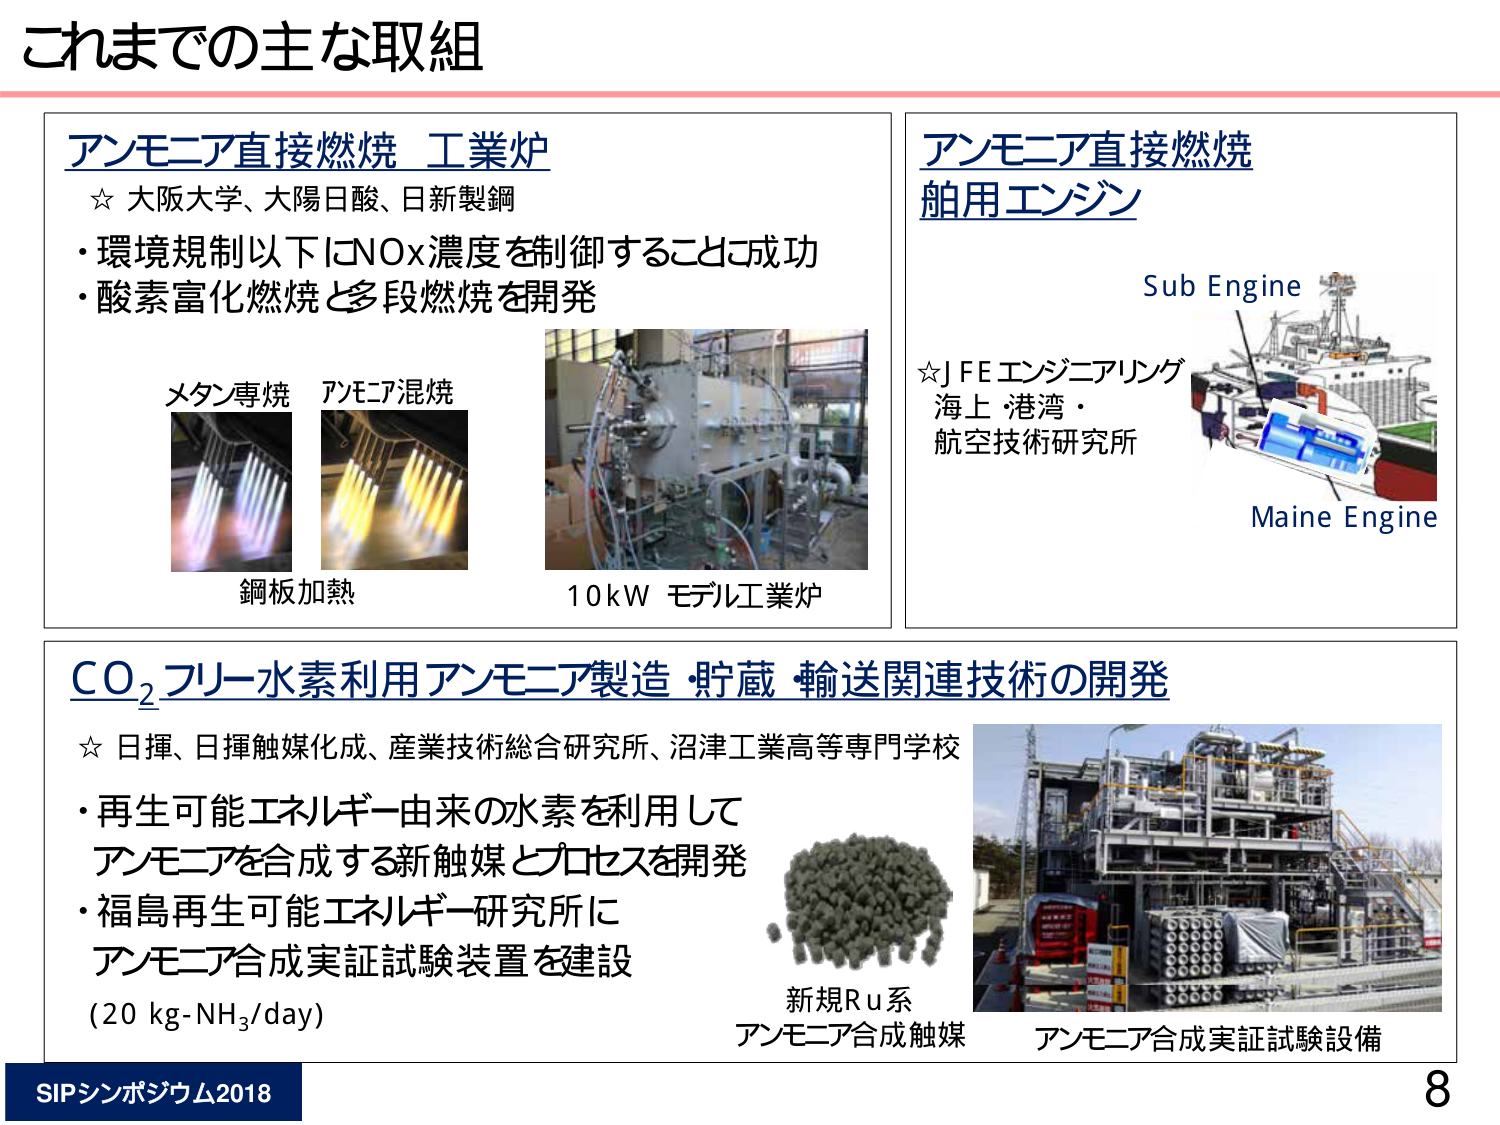
これまでの主な取組

アンモニア直接燃焼 工業炉
☆ 大阪大学、大陽日酸、日新製鋼
・環境規制以下にNOx濃度を制御することに成功
・酸素富化燃焼と多段燃焼を開発

メタン専焼 アンモニア混焼
鋼板加熱
10kW モデル工業炉

アンモニア直接燃焼
舶用エンジン
Sub Engine
☆JFEエンジニアリング
海上・港湾・
航空技術研究所
Maine Engine

CO₂フリー水素利用アンモニア製造・貯蔵・輸送関連技術の開発
☆ 日揮、日揮触媒化成、産業技術総合研究所、沼津工業高等専門学校
・再生可能エネルギー由来の水素を利用して
アンモニアを合成する新触媒とプロセスを開発
・福島再生可能エネルギー研究所に
アンモニア合成実証試験装置を建設
(20 kg-NH₃/day)

新規Ru系
アンモニア合成触媒
アンモニア合成実証試験設備

SIPシンポジウム2018
8